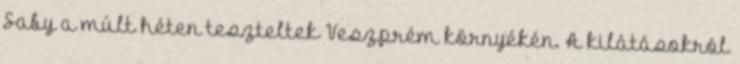
Saby a múlt héten teszteltek Veszprém környékén. A kilátásokról